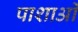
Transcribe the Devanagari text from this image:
पाशाओं